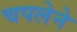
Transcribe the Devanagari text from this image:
चपलेने